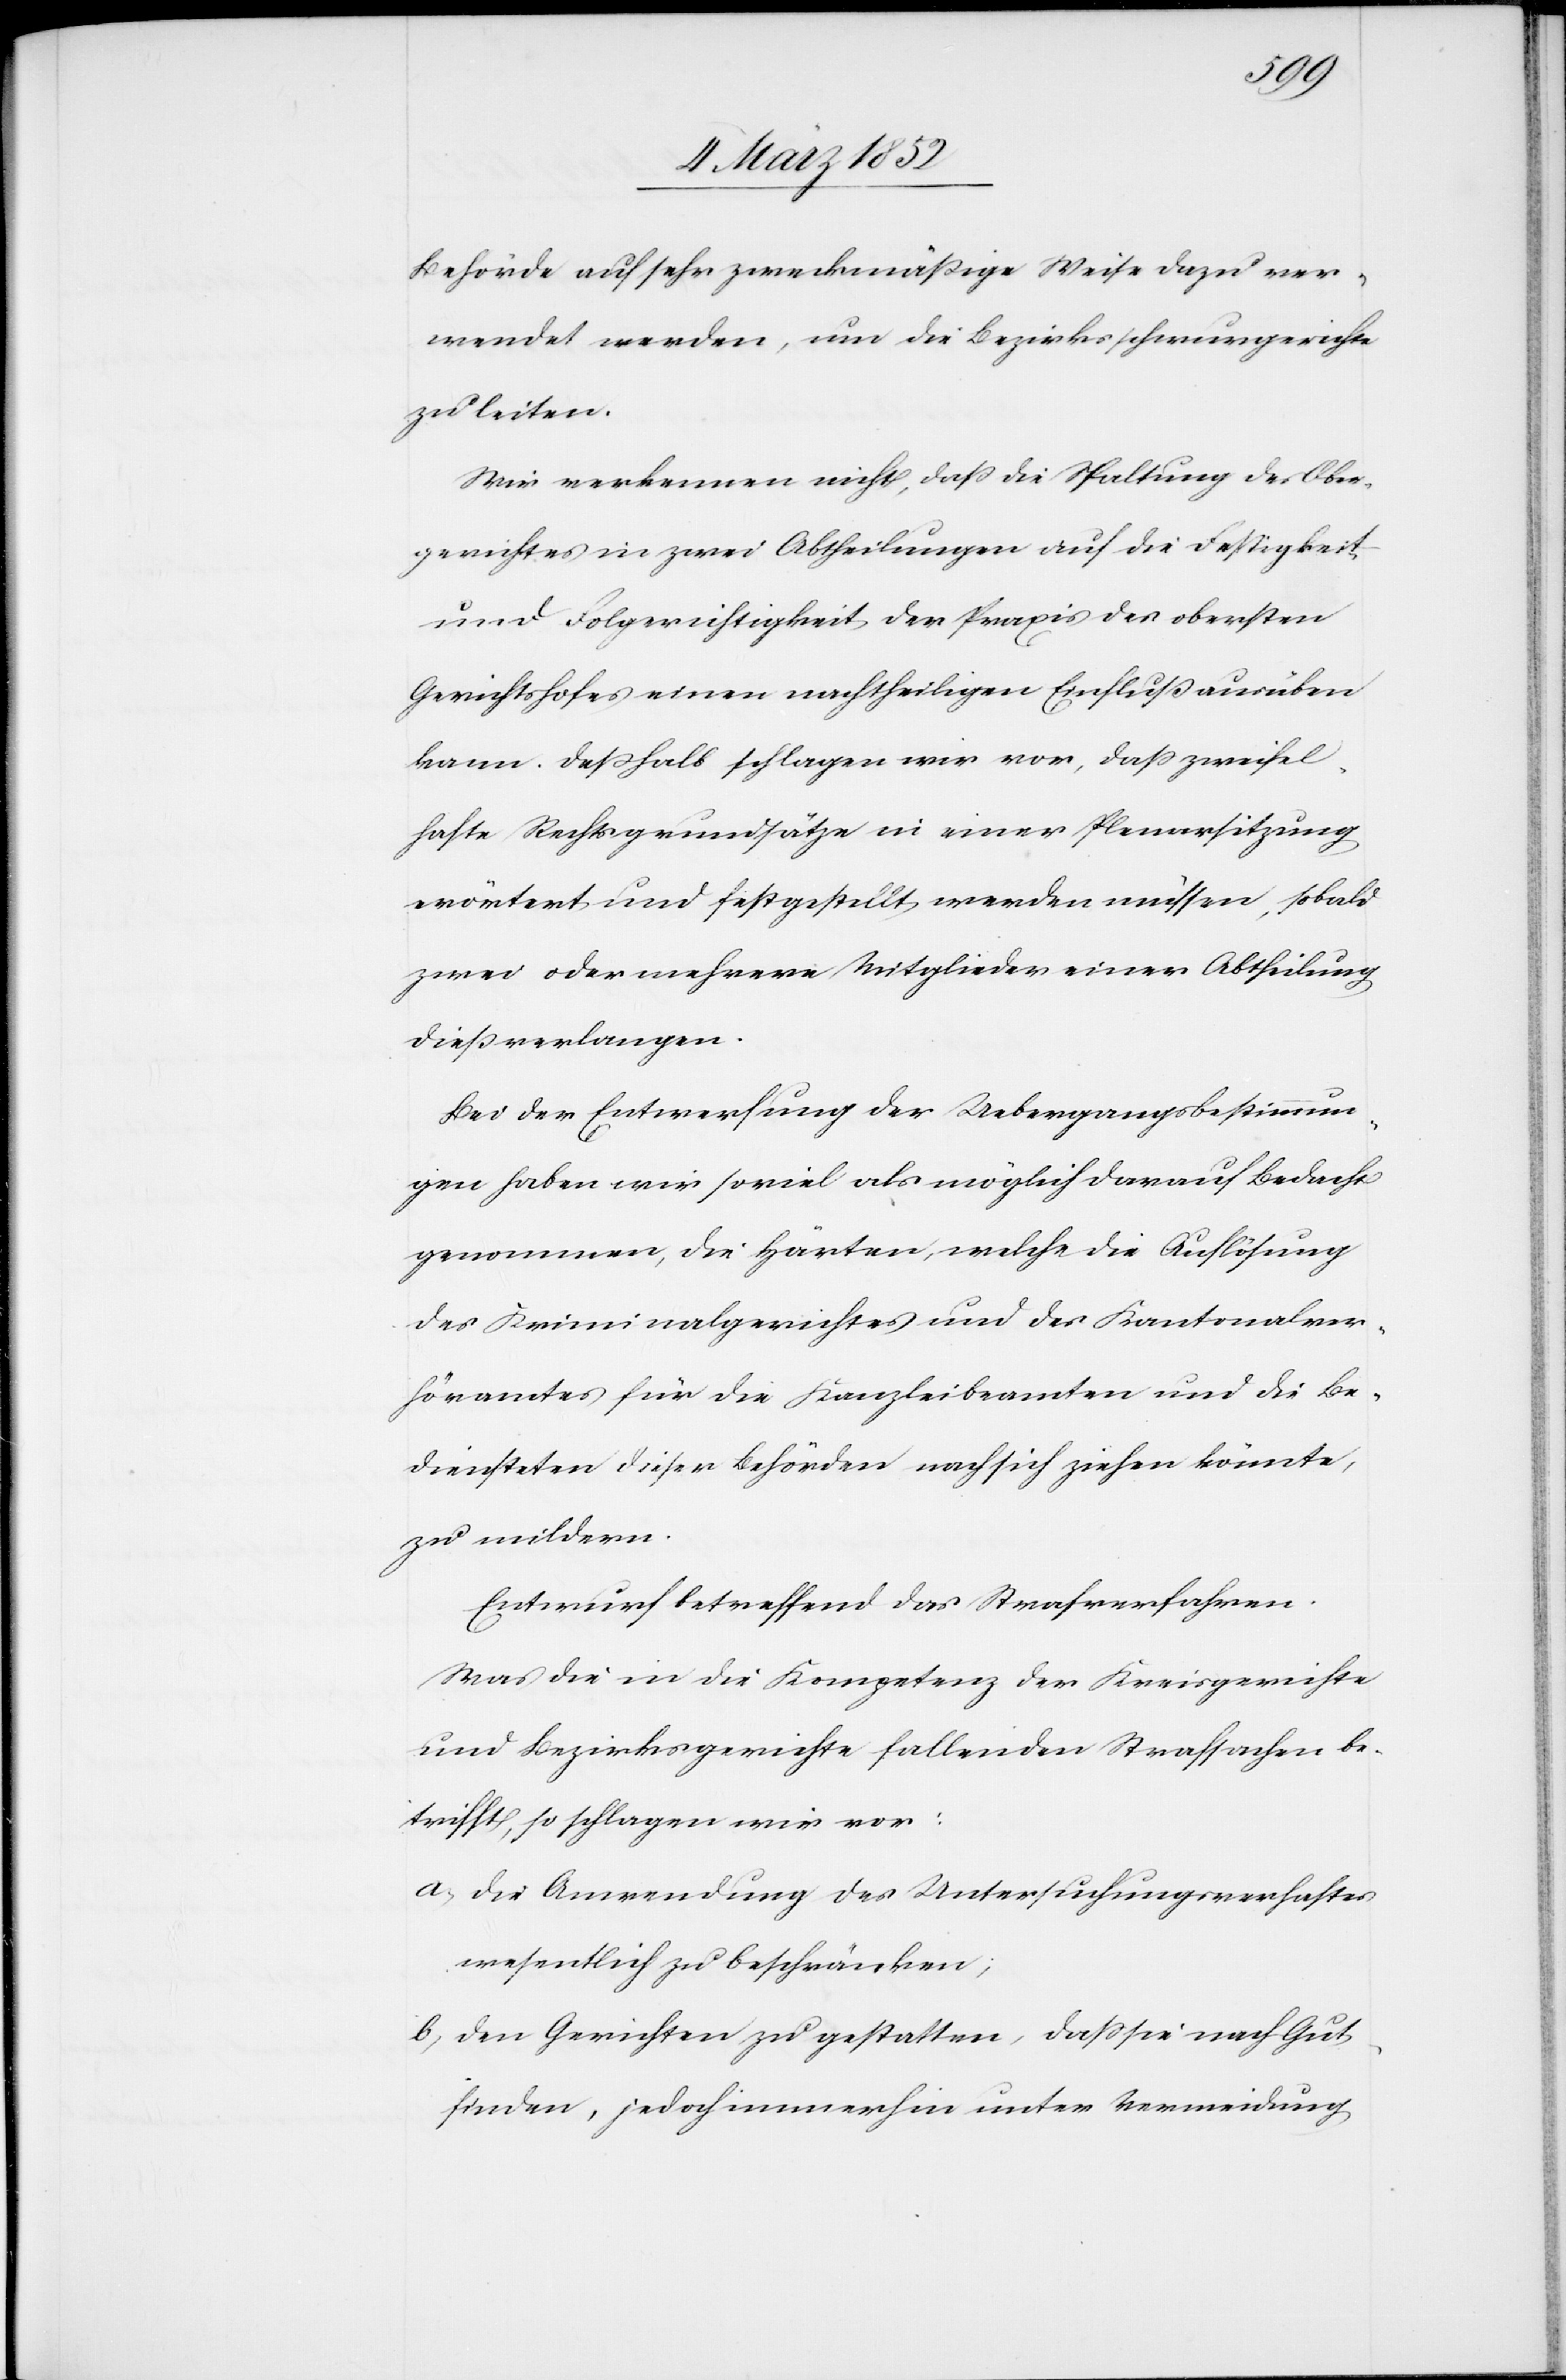
Behörde auf sehr zweckmäßige Weise dazu ver¬
wendet werden, um die Bezirksschwurgerichte
zu leiten.
Wir verkennen nicht, daß die Spaltung des Ober¬
gerichtes in zwei Abtheilungen auf die Festigkeit
und Folgerichtigkeit der Praxis des obersten
Gerichtshofes einen nachtheiligen Einfluß ausüben
kann. Deßhalb schlagen wir vor, daß zweifel¬
hafte Rechtsgrundsätze in einer Plenarsitzung
erörtert und festgestellt werden müssen, sobald
zwei oder mehrere Mitglieder einer Abtheilung
dieß verlangen.
Bei der Entwerfung der Uebergangsbestimmun¬
gen haben wir soviel als möglich darauf Bedacht
genommen, die Härten, welche die Auflösung
des Kriminalgerichtes und des Kantonalver¬
höramtes für die Kanzleibeamten und die Be¬
diensteten dieser Behörden nach sich ziehen könnte,
zu mildern.
Entwurf betreffend das Strafverfahren
Was die in die Kompetenz der Kreisgerichte
und Bezirksgerichte fallenden Strafsachen be¬
trifft, so schlagen wir vor:
a.) Die Anwendung des Untersuchungsverhaftes
wesentlich zu beschränken.
b.) Den Gerichten zu gestatten, daß sie nach Gut¬
finden, jedoch immerhin unter Vermeidung